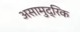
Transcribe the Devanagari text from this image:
असामुद्रिक